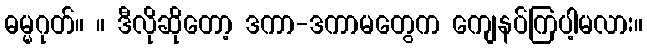
ဓမ္မဂုတ်။ ။ ဒီလိုဆိုတော့ ဒကာ-ဒကာမတွေက ကျေနပ်ကြပါ့မလား။